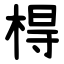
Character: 棏